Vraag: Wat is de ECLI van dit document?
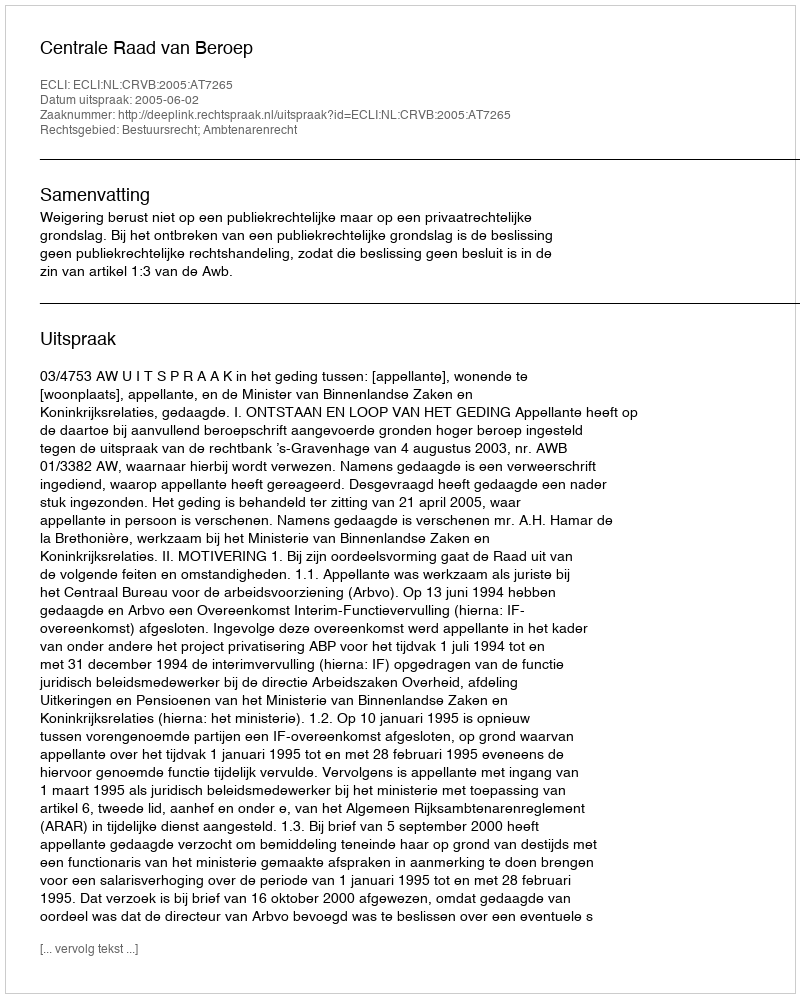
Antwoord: ECLI:NL:CRVB:2005:AT7265